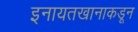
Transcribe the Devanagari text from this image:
इनायतखानाकडून